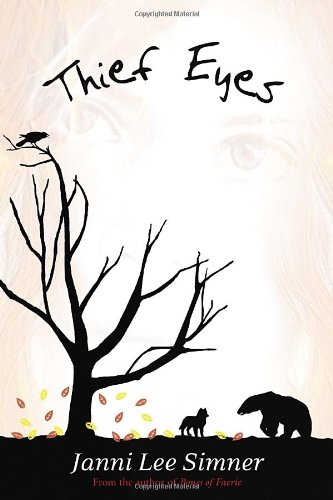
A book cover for Thief Eyes; Janni Lee Simner; Children's Books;